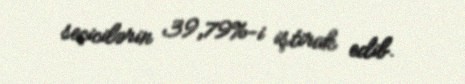
seçicilərin 39,79%-i iştirak edib.